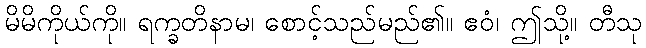
မိမိကိုယ်ကို။ ရက္ခတိနာမ၊ စောင့်သည်မည်၏။ ဧဝံ၊ ဤသို့။ တီသု